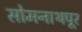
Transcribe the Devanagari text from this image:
सोमनाथपूर